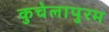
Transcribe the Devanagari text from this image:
कुचेलापुरम